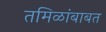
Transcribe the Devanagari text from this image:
तमिळांबाबत